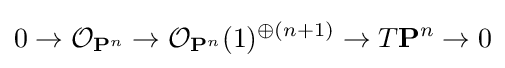
0\to {\mathcal {O}}_{\mathbf {P} ^{n}}\to {\mathcal {O}}_{\mathbf {P} ^{n}}(1)^{\oplus (n+1)}\to T\mathbf {P} ^{n}\to 0